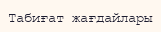
Табиғат жағдайлары